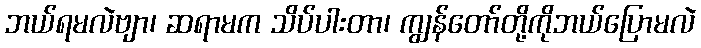
ဘယ်ရမလဲဗျာ၊ ဆရာမက သိပ်ပါးတာ၊ ကျွန်တော်တို့ကိုဘယ်ပြောမလဲ